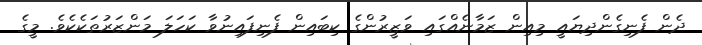
ދެން ފެނިގެންދިޔައީ މިއިން ޒަމާނެއްގައި ވަޒީރުންގެ ކިބައިން ފެނިފައިނުވާ ކަހަލަ މަންޒަރުތަކެކެވެ. މީގެ